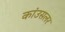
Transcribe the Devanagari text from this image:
कांउसलर